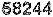
58244